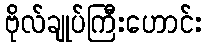
ဗိုလ်ချုပ်ကြီးဟောင်း